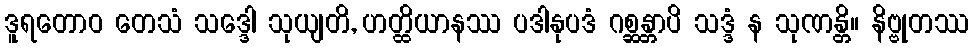
ဒူရတောဝ တေသံ သဒ္ဒေါ သုယျတိ, ဟတ္ထိယာနဿ ပဒါနုပဒံ ဂစ္ဆန္တာပိ သဒ္ဒံ န သုဏန္တိ။ နိဗ္ဗုတဿ